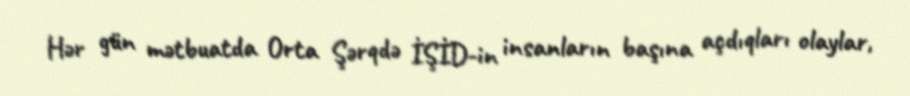
Hər gün mətbuatda Orta Şərqdə İŞİD-in insanların başına açdıqları olaylar,